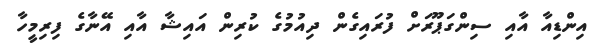
އިންޑިއާ އާއި ސިންގަޕޫރަށް ފުރައިގެން ދިއުމުގެ ކުރިން އައިޝާ އާއި އޭނާގެ ފިރިމީހާ